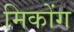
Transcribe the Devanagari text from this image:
मिकोंग